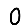
Digit: 0